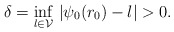
\begin{align*}\delta=\inf_{l\in \mathcal{V}}\,|\psi_0(r_0)-l|>0.\end{align*}